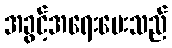
အခွင့်အရေးပေးသည်